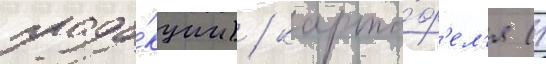
проду́кции) / карто́ф'ел'я (1